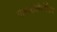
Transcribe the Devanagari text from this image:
गाइलॉब्लैटोडिया